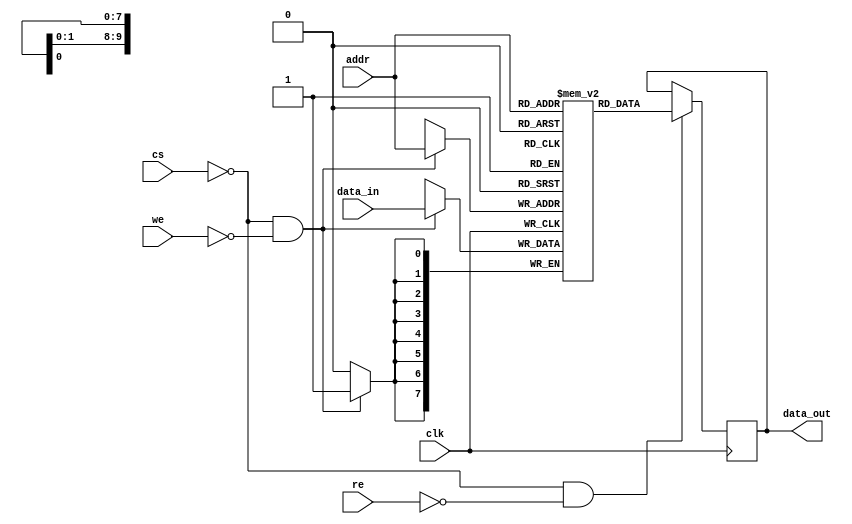
module EmbeddedSRAM #(parameter WORD_SIZE = 8,     // Configurable word size (e.g., 8, 16, 32)
                      parameter ADDR_WIDTH = 10,   // Calculated from MEMORY_DEPTH = 1 << ADDR_WIDTH
                      parameter MEMORY_DEPTH = 1024 // Total memory depth (number of words)
)(
    input wire clk,            // Clock signal
    input wire cs,             // Chip Select (active low)
    input wire we,             // Write Enable (active low)
    input wire re,             // Read Enable (active low)
    input wire [ADDR_WIDTH-1:0] addr, // Address input
    input wire [WORD_SIZE-1:0] data_in,  // Data input
    output reg [WORD_SIZE-1:0] data_out   // Data output
);

    // Memory array declaration
    reg [WORD_SIZE-1:0] mem [0:MEMORY_DEPTH-1];

    // Asynchronous read operation
    always @(posedge clk) begin
        if (cs == 0 && re == 0) begin // CS active and RE active low
            data_out <= mem[addr];    // Read data from memory
        end
    end

    // Synchronous write operation
    always @(posedge clk) begin
        if (cs == 0 && we == 0) begin // CS active and WE active low
            mem[addr] <= data_in;     // Write data to memory
        end
    end

endmodule